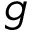
g